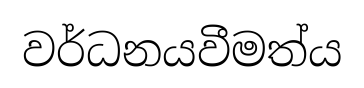
වර්ධනයවීමත්ය